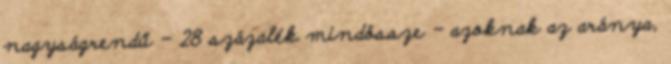
nagyságrendű - 28 százalék mindössze - azoknak az aránya,